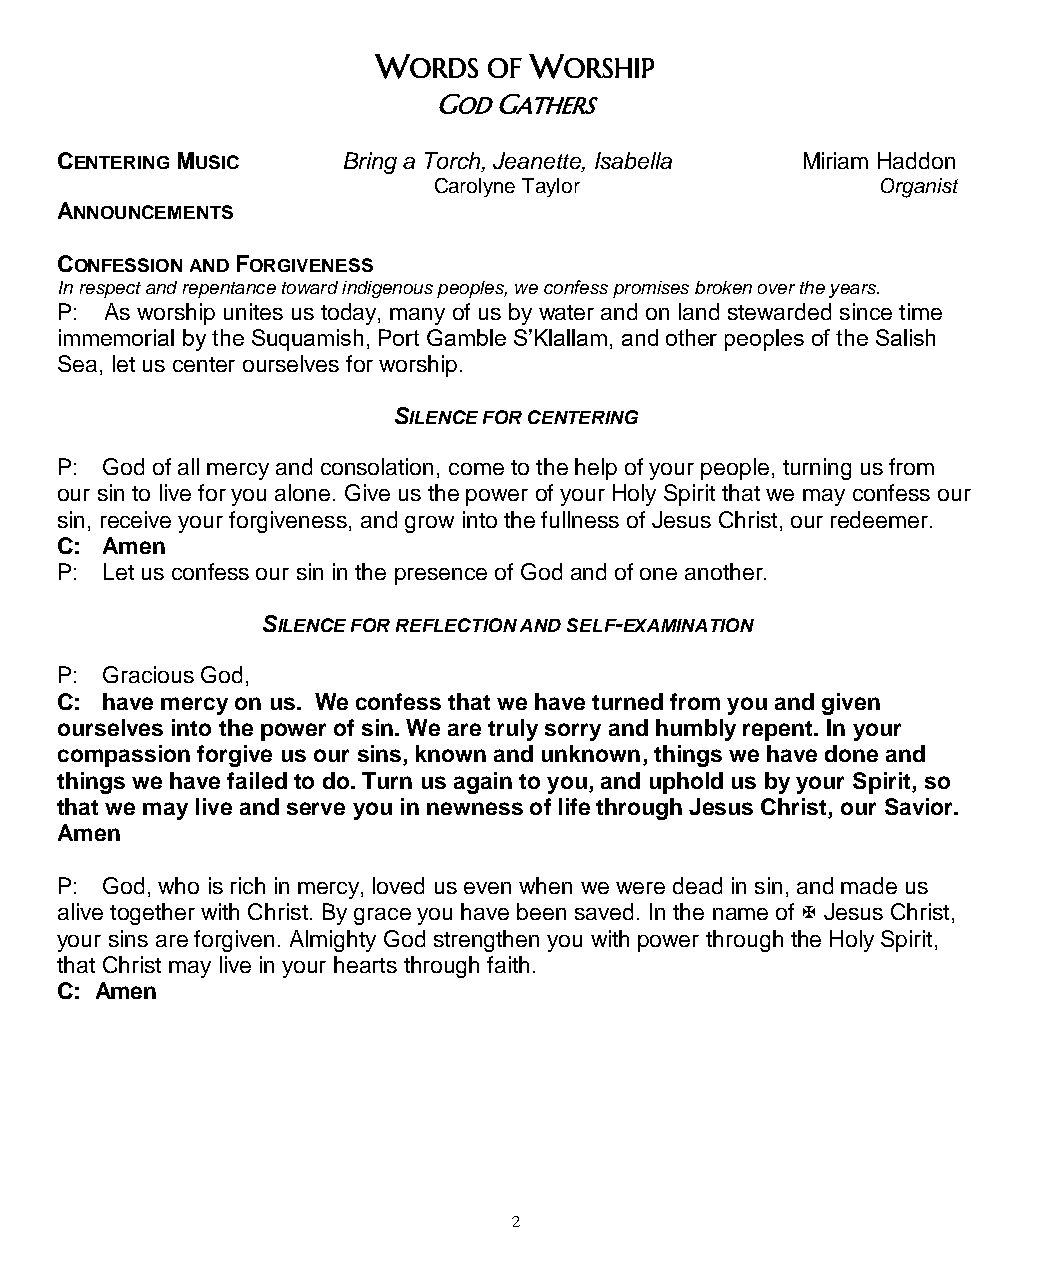
WORDS  OF WORSHIP
 GOD GATHERS
 CENTERING MUSIC    Bring a Torch, Jeanette, Isabella Miriam Haddon
 Carolyne Taylor              Organist
 ANNOUNCEMENTS
 CONFESSION AND FORGIVENESS
 In respect and repentance toward indigenous peoples, we confess promises broken over the years.
 P: As worship unites us today, many of us by water and on land stewarded since time
 immemorial by the Suquamish, Port Gamble S’Klallam, and other peoples of the Salish
 Sea, let us center ourselves for worship.
 SILENCE FOR CENTERING
 P: God of all mercy and consolation, come to the help of your people, turning us from
 our sin to live for you alone. Give us the power of your Holy Spirit that we may confess our
 sin, receive your forgiveness, and grow into the fullness of Jesus Christ, our redeemer.
 C: Amen
 P: Let us confess our sin in the presence of God and of one another.
 SILENCE FOR REFLECTION AND SELF-EXAMINATION
 P: Gracious God,
 C: have mercy on us. We confess that we have turned from you and given
 ourselves into the power of sin. We are truly sorry and humbly repent. In your
 compassion forgive us our sins, known and unknown, things we have done and
 things we have failed to do. Turn us again to you, and uphold us by your Spirit, so
 that we may live and serve you in newness of life through Jesus Christ, our Savior.
 Amen
 P: God, who is rich in mercy, loved us even when we were dead in sin, and made us
 alive together with Christ. By grace you have been saved. In the name of  Jesus Christ,
 your sins are forgiven. Almighty God strengthen you with power through the Holy Spirit,
 that Christ may live in your hearts through faith.
 C: Amen
 2